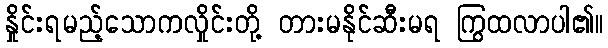
နှိုင်းရမည့်သောကလှိုင်းတို့ တားမနိုင်ဆီးမရ ကြွထလာပါ၏။